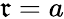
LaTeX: \mathfrak{r}=a